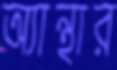
অ্যান্থার